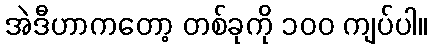
အဲဒီဟာကတော့ တစ်ခုကို ၁၀၀ ကျပ်ပါ။